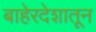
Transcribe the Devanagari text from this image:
बाहेरदेशातून